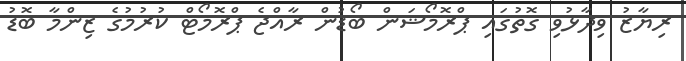
ރިޔާޒު ވިދާޅުވި ގޮތުގައި ޕްރޮމޯޝަން ބޯޑުން ރާއްޖެ ޕްރޮމޯޓް ކުރުމުގެ ޒިންމާ ބޮޑު